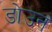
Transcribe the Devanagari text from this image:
डोउन